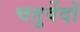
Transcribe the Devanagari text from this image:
चतुर्वेदों